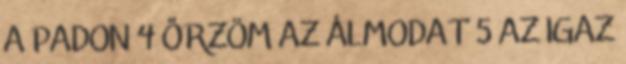
A PADON 4 ŐRZÖM AZ ÁLMODAT 5 AZ IGAZ